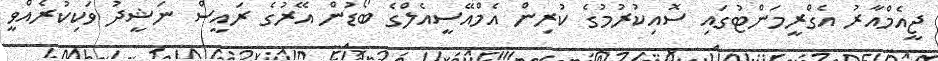
ޖީއެމްއާރު އެގްރީމަންޓުގައި ސޮއިކުރުމުގެ ކުރިން އެމްއޭސީއެލްގެ ބޯޑުން އޭރުގެ ރައީސް ނަޝީދު ވަކިކުރެއްވީ